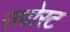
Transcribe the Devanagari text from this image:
सपोरट